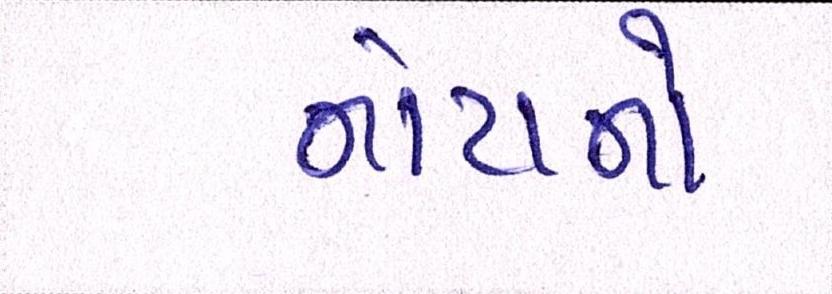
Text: નોટાનો